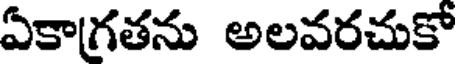
ఏకాగ్రతను అలవరచుకో